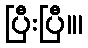
ပြီးပြီ။၊